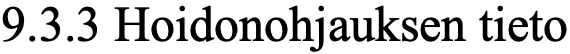
9.3.3 Hoidonohjauksen tieto